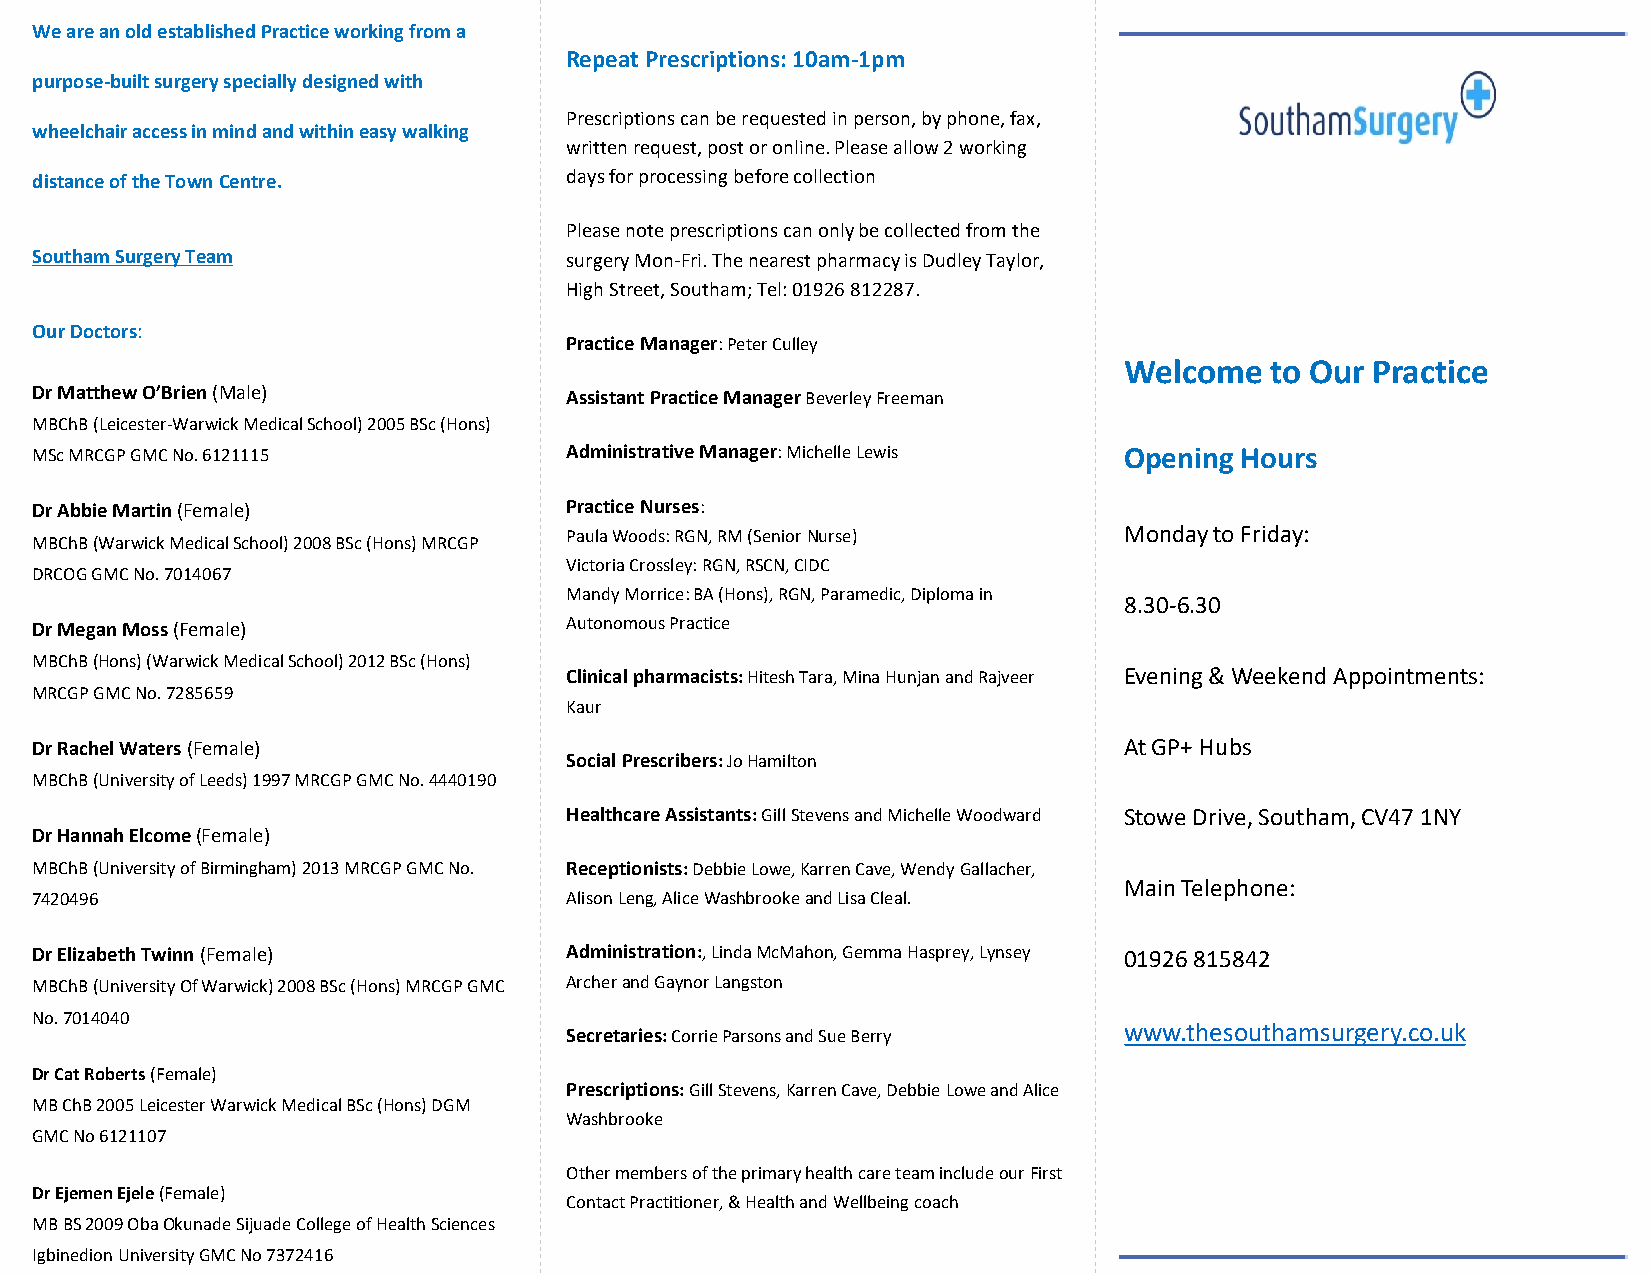
We are an old established Practice working from a
 Repeat Prescriptions: 10am-1pm
 purpose-built surgeryspecially designed with
 Prescriptions can be requested in person, by phone, fax,
 wheelchair access in mind and within easy walking
 written request, post or online. Please allow 2 working
 distance of the Town Centre.       days for processing before collection
 Please note prescriptions can only be collected from the
 Southam Surgery Team               surgery Mon-Fri. The nearest pharmacy is Dudley Taylor,
 High Street, Southam; Tel: 01926 812287.
 Our Doctors:
 Practice Manager:Peter Culley
 Welcome   to Our Practice
 Dr Matthew O’Brien (Male)          Assistant Practice ManagerBeverley Freeman
 MBChB(Leicester-Warwick Medical School) 2005 BSc (Hons)
 MSc MRCGP GMC No. 6121115          Administrative Manager:Michelle Lewis Opening Hours
 Dr Abbie Martin (Female)           Practice Nurses:
 Paula Woods: RGN, RM (Senior Nurse)  Monday to Friday:
 MBChB(Warwick Medical School) 2008 BSc (Hons) MRCGP
 Victoria Crossley: RGN, RSCN, CIDC
 DRCOG GMC No. 7014067
 Mandy Morrice: BA (Hons), RGN, Paramedic, Diploma in
 8.30-6.30
 Dr Megan Moss (Female)             Autonomous Practice
 MBChB(Hons) (Warwick Medical School) 2012 BSc (Hons)
 Clinical pharmacists:Hitesh Tara, Mina Hunjan and Rajveer Evening & Weekend Appointments:
 MRCGP GMC No. 7285659
 Kaur
 Dr Rachel Waters (Female)                                               At GP+ Hubs
 Social Prescribers: Jo Hamilton
 MBChB(University of Leeds) 1997 MRCGP GMC No. 4440190
 Healthcare Assistants: Gill Stevens and Michelle Woodward Stowe Drive, Southam, CV47 1NY
 Dr Hannah Elcome (Female)
 MBChB(University of Birmingham) 2013 MRCGP GMC No. Receptionists:Debbie Lowe, KarrenCave, Wendy Gallacher,
 Main Telephone:
 7420496                            Alison Leng, Alice Washbrookeand Lisa Cleal.
 Dr Elizabeth Twinn (Female)        Administration:, Linda McMahon, Gemma Hasprey, Lynsey 01926 815842
 MBChB(University Of Warwick) 2008 BSc (Hons) MRCGP GMC Archerand Gaynor Langston
 No. 7014040
 Secretaries: Corrie Parsons and Sue Berry www.thesouthamsurgery.co.uk
 Dr Cat Roberts (Female)
 Prescriptions: Gill Stevens, KarrenCave, Debbie Lowe and Alice
 MB ChB 2005 Leicester Warwick Medical BSc (Hons) DGM
 Washbrooke
 GMC No 6121107
 Other members of the primary health care team include our First
 Dr Ejemen Ejele (Female)
 Contact Practitioner, & Health and Wellbeing coach
 MB BS 2009 Oba OkunadeSijuadeCollege of Health Sciences
 IgbinedionUniversity GMC No 7372416